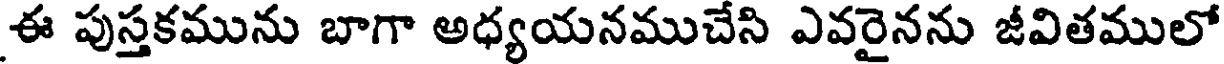
ఈ పుస్తకమును బాగా అధ్యయనముచేసి ఎవరైనను జీవితములో